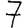
Digit: 7